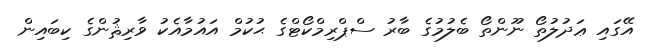
އޭގައި ޢަދުލުތޯ ނޫންތޯ ބެލުމުގެ ބާރު ސްޕްރިމްކޯޓްގެ ޙުކުމް އައުމާއެކު ވާރިޘުންގެ ކިބައިން